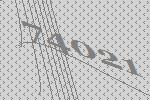
74021